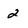
Character: 2